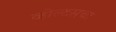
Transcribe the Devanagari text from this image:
व्होल्टसचा